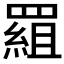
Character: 𦋽